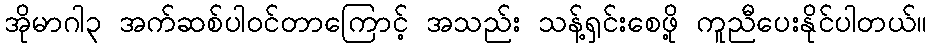
အိုမာဂါ၃ အက်ဆစ်ပါဝင်တာကြောင့် အသည်း သန့်ရှင်းစေဖို့ ကူညီပေးနိုင်ပါတယ်။